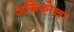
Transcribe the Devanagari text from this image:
अग्रिकोला